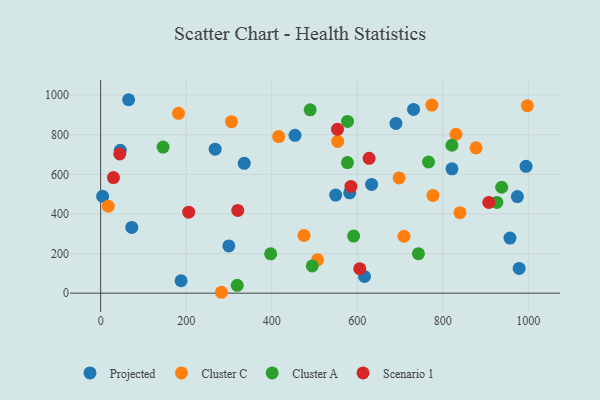
{"axis": {"x": "Distance", "y": "Rating"}, "legend": ["Cluster A", "Cluster C", "Projected", "Scenario 1"], "data": [{"x": "454.4", "y": 796.7, "type": "Projected"}, {"x": "978.5", "y": 124.8, "type": "Projected"}, {"x": "267.7", "y": 727.1, "type": "Projected"}, {"x": "188.0", "y": 62.8, "type": "Projected"}, {"x": "45.9", "y": 720.9, "type": "Projected"}, {"x": "994.6", "y": 640.3, "type": "Projected"}, {"x": "72.8", "y": 332.0, "type": "Projected"}, {"x": "65.4", "y": 976.5, "type": "Projected"}, {"x": "633.5", "y": 549.1, "type": "Projected"}, {"x": "617.0", "y": 84.1, "type": "Projected"}, {"x": "821.4", "y": 627.9, "type": "Projected"}, {"x": "335.7", "y": 655.2, "type": "Projected"}, {"x": "957.0", "y": 277.9, "type": "Projected"}, {"x": "731.6", "y": 927.7, "type": "Projected"}, {"x": "582.3", "y": 506.7, "type": "Projected"}, {"x": "690.4", "y": 857.1, "type": "Projected"}, {"x": "549.5", "y": 495.3, "type": "Projected"}, {"x": "974.3", "y": 487.4, "type": "Projected"}, {"x": "299.7", "y": 238.3, "type": "Projected"}, {"x": "4.6", "y": 489.1, "type": "Projected"}, {"x": "305.9", "y": 865.9, "type": "Cluster C"}, {"x": "507.1", "y": 168.5, "type": "Cluster C"}, {"x": "17.8", "y": 438.8, "type": "Cluster C"}, {"x": "697.9", "y": 581.5, "type": "Cluster C"}, {"x": "997.7", "y": 946.0, "type": "Cluster C"}, {"x": "830.9", "y": 802.2, "type": "Cluster C"}, {"x": "709.1", "y": 287.4, "type": "Cluster C"}, {"x": "776.9", "y": 493.4, "type": "Cluster C"}, {"x": "554.2", "y": 765.8, "type": "Cluster C"}, {"x": "282.4", "y": 4.5, "type": "Cluster C"}, {"x": "416.2", "y": 790.3, "type": "Cluster C"}, {"x": "182.1", "y": 907.7, "type": "Cluster C"}, {"x": "475.5", "y": 291.4, "type": "Cluster C"}, {"x": "774.4", "y": 949.4, "type": "Cluster C"}, {"x": "840.0", "y": 405.9, "type": "Cluster C"}, {"x": "877.7", "y": 733.9, "type": "Cluster C"}, {"x": "145.9", "y": 737.4, "type": "Cluster A"}, {"x": "319.4", "y": 39.6, "type": "Cluster A"}, {"x": "926.3", "y": 458.3, "type": "Cluster A"}, {"x": "494.8", "y": 137.3, "type": "Cluster A"}, {"x": "937.6", "y": 534.6, "type": "Cluster A"}, {"x": "766.6", "y": 662.2, "type": "Cluster A"}, {"x": "821.3", "y": 746.8, "type": "Cluster A"}, {"x": "591.5", "y": 288.1, "type": "Cluster A"}, {"x": "489.8", "y": 925.3, "type": "Cluster A"}, {"x": "577.2", "y": 866.8, "type": "Cluster A"}, {"x": "577.1", "y": 659.4, "type": "Cluster A"}, {"x": "397.5", "y": 198.4, "type": "Cluster A"}, {"x": "743.0", "y": 199.5, "type": "Cluster A"}, {"x": "205.9", "y": 408.8, "type": "Scenario 1"}, {"x": "29.9", "y": 583.4, "type": "Scenario 1"}, {"x": "627.7", "y": 680.8, "type": "Scenario 1"}, {"x": "553.7", "y": 827.0, "type": "Scenario 1"}, {"x": "44.6", "y": 702.7, "type": "Scenario 1"}, {"x": "605.8", "y": 123.8, "type": "Scenario 1"}, {"x": "320.6", "y": 417.6, "type": "Scenario 1"}, {"x": "585.2", "y": 539.0, "type": "Scenario 1"}, {"x": "907.5", "y": 458.0, "type": "Scenario 1"}]}